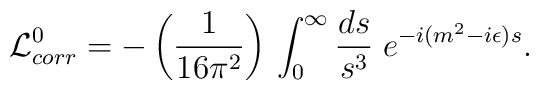
{\cal L}_{corr}^0= -\left({1\over{16 \pi^2}}\right)\,\int_{0}^{\infty} {ds \over s^3}\; e^{-i(m^2-i\epsilon)s}.